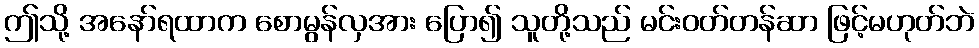
ဤသို့ အနော်ရထာက စောမွန်လှအား ပြော၍ သူတို့သည် မင်းဝတ်တန်ဆာ ဖြင့်မဟုတ်ဘဲ